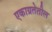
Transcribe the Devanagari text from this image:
एकाग्रतेतील